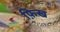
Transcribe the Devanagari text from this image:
फ़िख